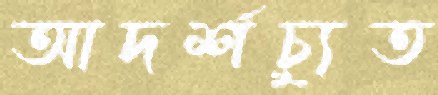
আদর্শচ্যুত